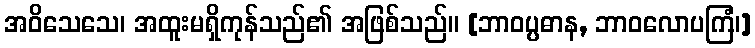
အဝိသေသေ၊ အထူးမရှိကုန်သည်၏ အဖြစ်သည်။ [ဘာဝပ္ပဓာန, ဘာဝလောပကြံ၊]